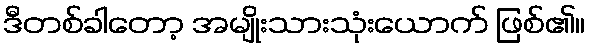
ဒီတစ်ခါတော့ အမျိုးသားသုံးယောက် ဖြစ်၏။